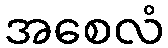
အစေလံ